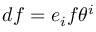
d f = e _ { i } f \theta ^ { i }